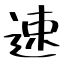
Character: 速